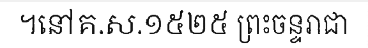
។នៅគ.ស.១៥២៥ ព្រះចន្ទរាជា